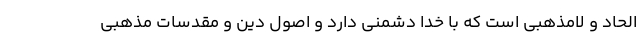
الحاد و لامذهبی است که با خدا دشمنی دارد و اصول دین و مقدسات مذهبی